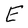
Character: E